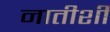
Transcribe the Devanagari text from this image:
नातीशी